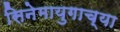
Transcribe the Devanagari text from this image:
सिनेमायुगाच्या